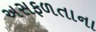
અસફળતાના